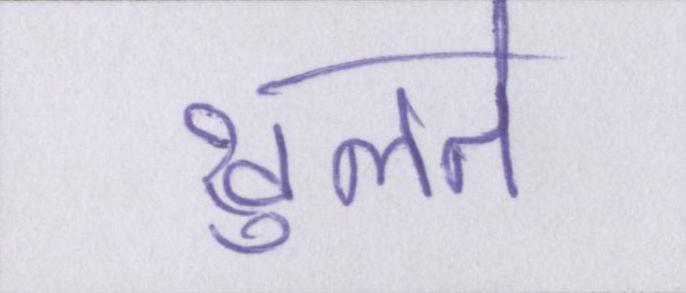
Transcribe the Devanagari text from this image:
खुलते